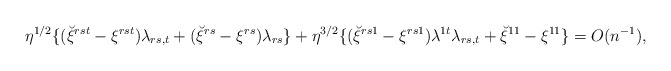
\begin{align*}\eta^{1/2}\{(\breve\xi^{rst}-\xi^{rst})\lambda_{rs,t}+(\breve\xi^{rs}-\xi^{rs})\lambda_{rs}\}+\eta^{3/2}\{(\breve\xi^{rs1}-\xi^{rs1})\lambda^{1t}\lambda_{rs,t}+\breve\xi^{11}-\xi^{11}\}=O(n^{-1}),\end{align*}